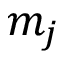
m _ { j }